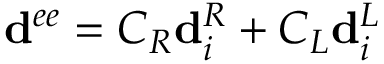
\mathbf { d } ^ { e e } = C _ { R } \mathbf { d } _ { i } ^ { R } + C _ { L } \mathbf { d } _ { i } ^ { L }